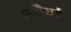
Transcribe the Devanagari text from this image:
न्यौराई